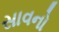
સાવનો